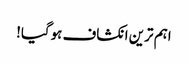
اہم ترین انکشاف ہوگیا!